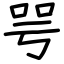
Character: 咢